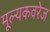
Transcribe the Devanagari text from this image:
मूल्यकवरेज